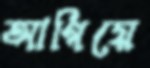
আগিয়ে